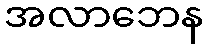
အလာဘေန